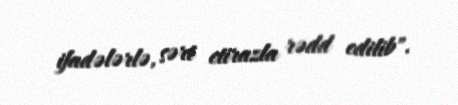
ifadələrlə, sərt etirazla rədd edilib".